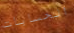
الحسابات